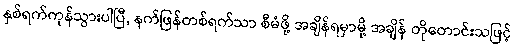
နှစ်ရက်ကုန်သွားပါပြီ, နက်ဖြန်တစ်ရက်သာ စီမံဖို့ အချိန်ရမှာမို့ အချိန် တိုတောင်းသဖြင့်